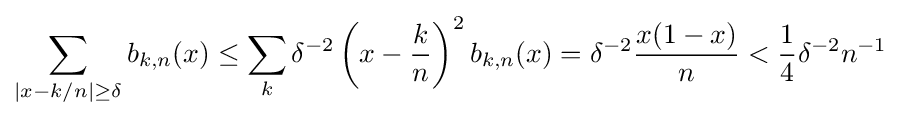
\sum _{|x-k/n|\geq \delta }b_{k,n}(x)\leq \sum _{k}\delta ^{-2}\left(x-{k \over n}\right)^{2}b_{k,n}(x)=\delta ^{-2}{x(1-x) \over n}<{1 \over 4}\delta ^{-2}n^{-1}